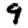
Digit: 9